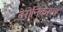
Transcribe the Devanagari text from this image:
वेरोनिकाज़